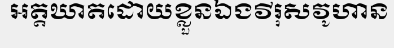
អត្តឃាតដោយខ្លួនឯងវីរុសវូហាន